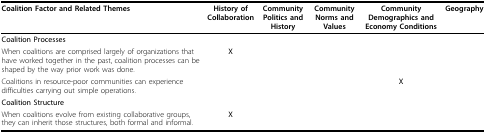
<table><thead><tr><td><b>Coalition Factor and Related Themes</b></td><td><b>History of Collaboration</b></td><td><b>Community Politics and History</b></td><td><b>Community Norms and Values</b></td><td><b>Community Demographics and Economy Conditions</b></td><td><b>Geography</b></td></tr></thead><tbody><tr><td><b>Coalition Processes</b></td><td></td><td></td><td></td><td></td><td></td></tr><tr><td>When coalitions are comprised largely of organizations that have worked together in the past, coalition processes can be shaped by the way prior work was done.</td><td><b>X</b></td><td></td><td></td><td></td><td></td></tr><tr><td>Coalitions in resource-poor communities can experience difficulties carrying out simple operations.</td><td></td><td></td><td></td><td><b>X</b></td><td></td></tr><tr><td><b>Coalition Structure</b></td><td></td><td></td><td></td><td></td><td></td></tr><tr><td>When coalitions evolve from existing collaborative groups, they can inherit those structures, both formal and informal.</td><td><b>X</b></td><td></td><td></td><td></td><td></td></tr></tbody></table>